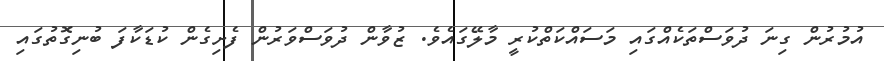
އުމުރުން ގިނަ ދުވަސްތަކެއްގައި މަސައްކަތްކުރީ މާލޭގައެވެ. ޒުވާން ދުވަސްވަރުން ފެށިގެން ކުޑަކާފަ ބުނިގޮތުގައި